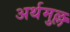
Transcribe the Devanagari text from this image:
अर्थमुल्ल